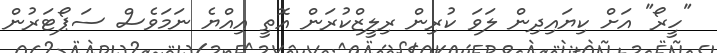
"ހީރޯ" އަށް ކިޔައިދިން ލަވަ ކުރިން ރިލީޒްކުރަން އޮތީ އިއްޔެ ނަމަވެސް ސަޕޯޓަރުން